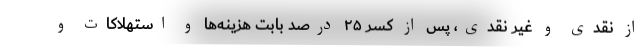
از نقدی و غیر نقدی، پس از کسر ۲۵ درصد بابت هزینه‌ها و استهلاکات و